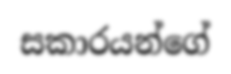
සකාරයන්ගේ